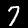
Digit: 7